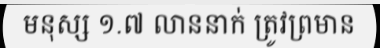
មនុស្ស ១.៧ លាននាក់ ត្រូវព្រមាន